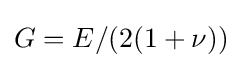
G=E/(2(1+\nu ))